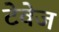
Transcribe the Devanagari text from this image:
टेवेज